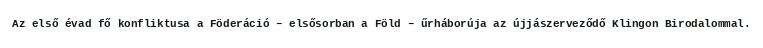
Az első évad fő konfliktusa a Föderáció – elsősorban a Föld – űrháborúja az újjászerveződő Klingon Birodalommal.